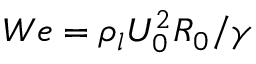
W e = \rho _ { l } U _ { 0 } ^ { 2 } R _ { 0 } / \gamma